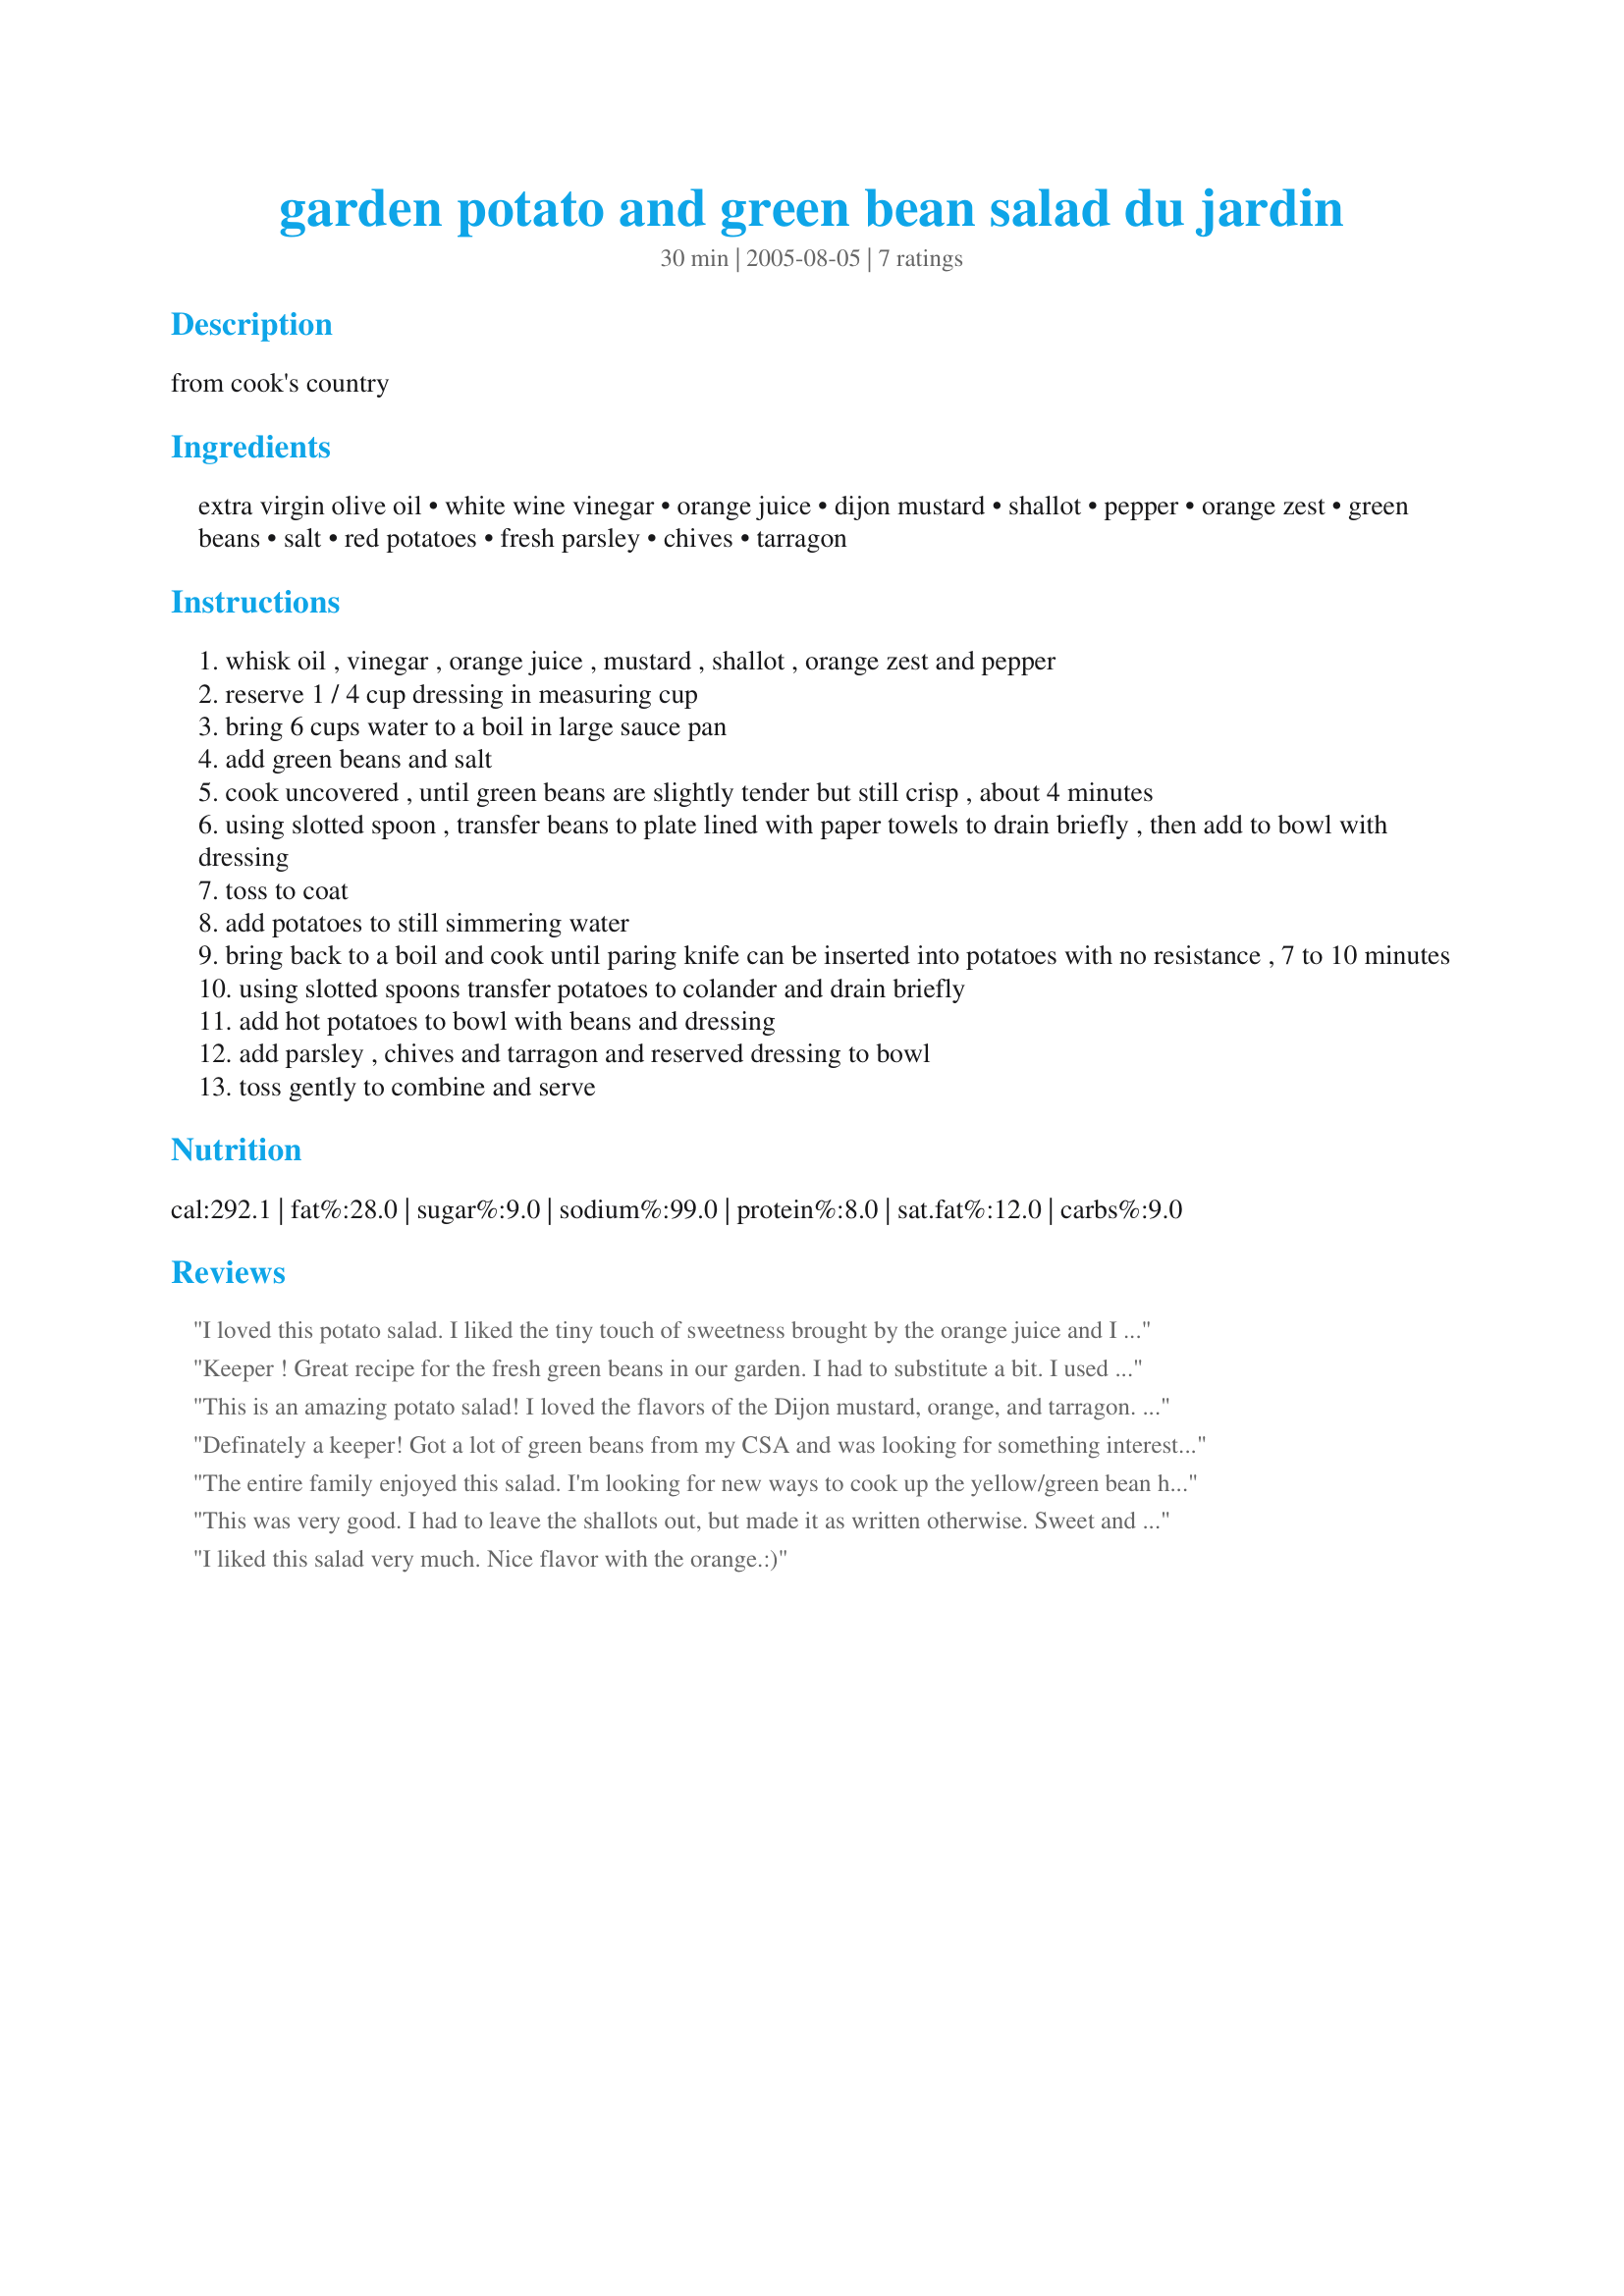
garden potato and green bean salad du jardin
Preparation time: 30 minutes

from cook's country

Ingredients:
extra virgin olive oil, white wine vinegar, orange juice, dijon mustard, shallot, pepper, orange zest, green beans, salt, red potatoes, fresh parsley, chives, tarragon

Steps:
whisk oil , vinegar , orange juice , mustard , shallot , orange zest and pepper
reserve 1 / 4 cup dressing in measuring cup
bring 6 cups water to a boil in large sauce pan
add green beans and salt
cook uncovered , until green beans are slightly tender but still crisp , about 4 minutes
using slotted spoon , transfer beans to plate lined with paper towels to drain briefly , then add to bowl with dressing
toss to coat
add potatoes to still simmering water
bring back to a boil and cook until paring knife can be inserted into potatoes with no resistance , 7 to 10 minutes
using slotted spoons transfer potatoes to colander and drain briefly
add hot potatoes to bowl with beans and dressing
add parsley , chives and tarragon and reserved dressing to bowl
toss gently to combine and serve

Reviews:
I loved this potato salad. I liked the tiny touch of sweetness brought by the orange juice and I adored the fresh tarragon. All the vegetables and herbs came from the garden so the salad gave me a great deal of satisfaction in that way as well. Thank you, katie.
Keeper !
Great recipe for the fresh green beans in our garden. I had to substitute a bit. I used half of a small yellow onion and subbed a lemon for the orange. Great fresh taste and flavor. Will try with orange next and we will be having this one a lot this summer. Thanks for sharing it.
This is an amazing potato salad! I loved the flavors of the Dijon mustard, orange, and tarragon. This is a cinch to make, and I LOVE that the recipe has you cooking the potatoes in the same water used for the green beans. I just hate using multiple pots if I don't have to!! Thanks for this super recipe!!
Definately a keeper! Got a lot of green beans from my CSA and was looking for something interesting to do with them. I'm growing parsley, tarragon and chives, so this was perfect! I used scallions in place of the shallot and extra orange juice (with pulp) in place of the orange zest (as I had none of either). I used baby red potatoes (and they took much longer than 10 minutes to cook) and added just a few dashes of salt. A nice light potato salad with a great bite. Thanks for sharing!
The entire family enjoyed this salad. I'm looking for new ways to cook up the yellow/green bean harvest and this dish was a nice change.
This was very good. I had to leave the shallots out, but made it as written otherwise. Sweet and tangy, but not too summery to eat in the winter. Thanks katie in the UP, from a "troll" ;-)
I liked this salad very much. Nice flavor with the orange.:)
